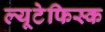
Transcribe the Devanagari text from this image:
ल्यूटेफिस्क